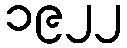
၁၉၂၂